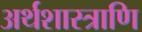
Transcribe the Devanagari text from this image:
अर्थशास्त्राणि